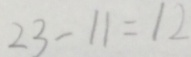
2 3 - 1 1 = 1 2